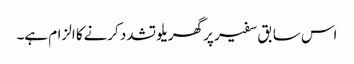
اس سابق سفیر پر گھریلو تشدد کرنےکا الزام ہے۔